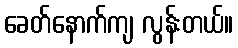
ခေတ်နောက်ကျ လွန်းတယ်။